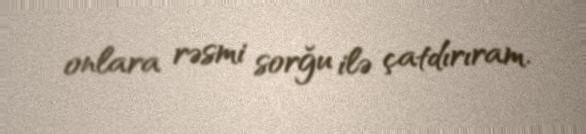
onlara rəsmi sorğu ilə çatdırıram.